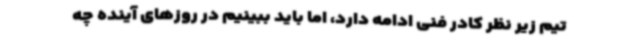
تیم زیر نظر کادر فنی ادامه دارد، اما باید ببینیم در روزهای آینده چه